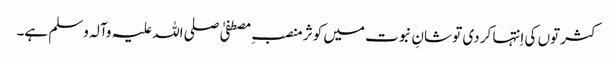
کثرتوں کی اِنتہا کر دی تو شانِ نبوت میں کوثر منصبِ مصطفیٰ صلی اللہ علیہ وآلہ وسلم ہے۔